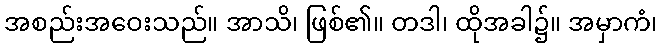
အစည်းအဝေးသည်။ အာသိ၊ ဖြစ်၏။ တဒါ၊ ထိုအခါ၌။ အမှာကံ၊